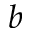
_ b